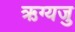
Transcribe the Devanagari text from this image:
ऋग्यजु